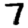
Digit: 7